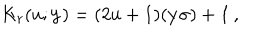
K _ { r } ( u ; { \bf y } ) = ( 2 u + 1 ) ( { \bf y } { \bf { \sigma } } ) + { \bf 1 } \, ,